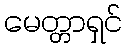
မေတ္တာရှင်